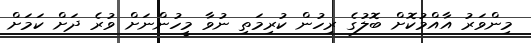
މިންވަރު އާއްމުކޮށް ބޮލުގެ ރިހުން ކުރިމަތި ނުވާ މީހުންނަށް ވުރެ ދަށް ކަމަށް